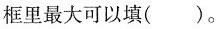
框里最大可以填( )。